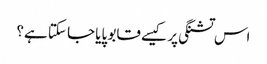
اس تشنگی پر کیسے قابو پایا جا سکتا ہے؟